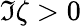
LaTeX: \Im\zeta>0